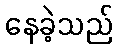
နေခဲ့သည်